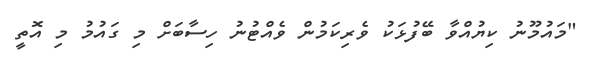
"މައުމޫނު ކިޔުއްވާ ބޭފުޅަކު ވެރިކަމުން ވެއްޓުނު ހިސާބަށް މި ގައުމު މި އޮތީ